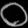
Digit: ၀